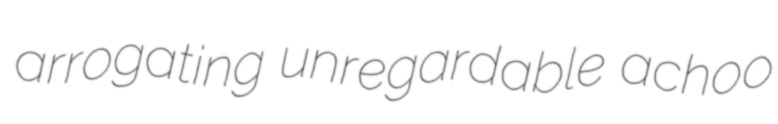
arrogating unregardable achoo